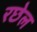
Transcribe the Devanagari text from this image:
रछेल